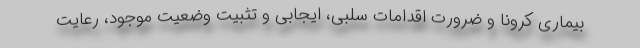
بیماری کرونا و ضرورت اقدامات سلبی، ایجابی و تثبیت وضعیت موجود، رعایت